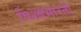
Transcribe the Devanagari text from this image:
विश्बभारती